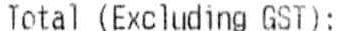
TOTAL (EXCLUDING GST):